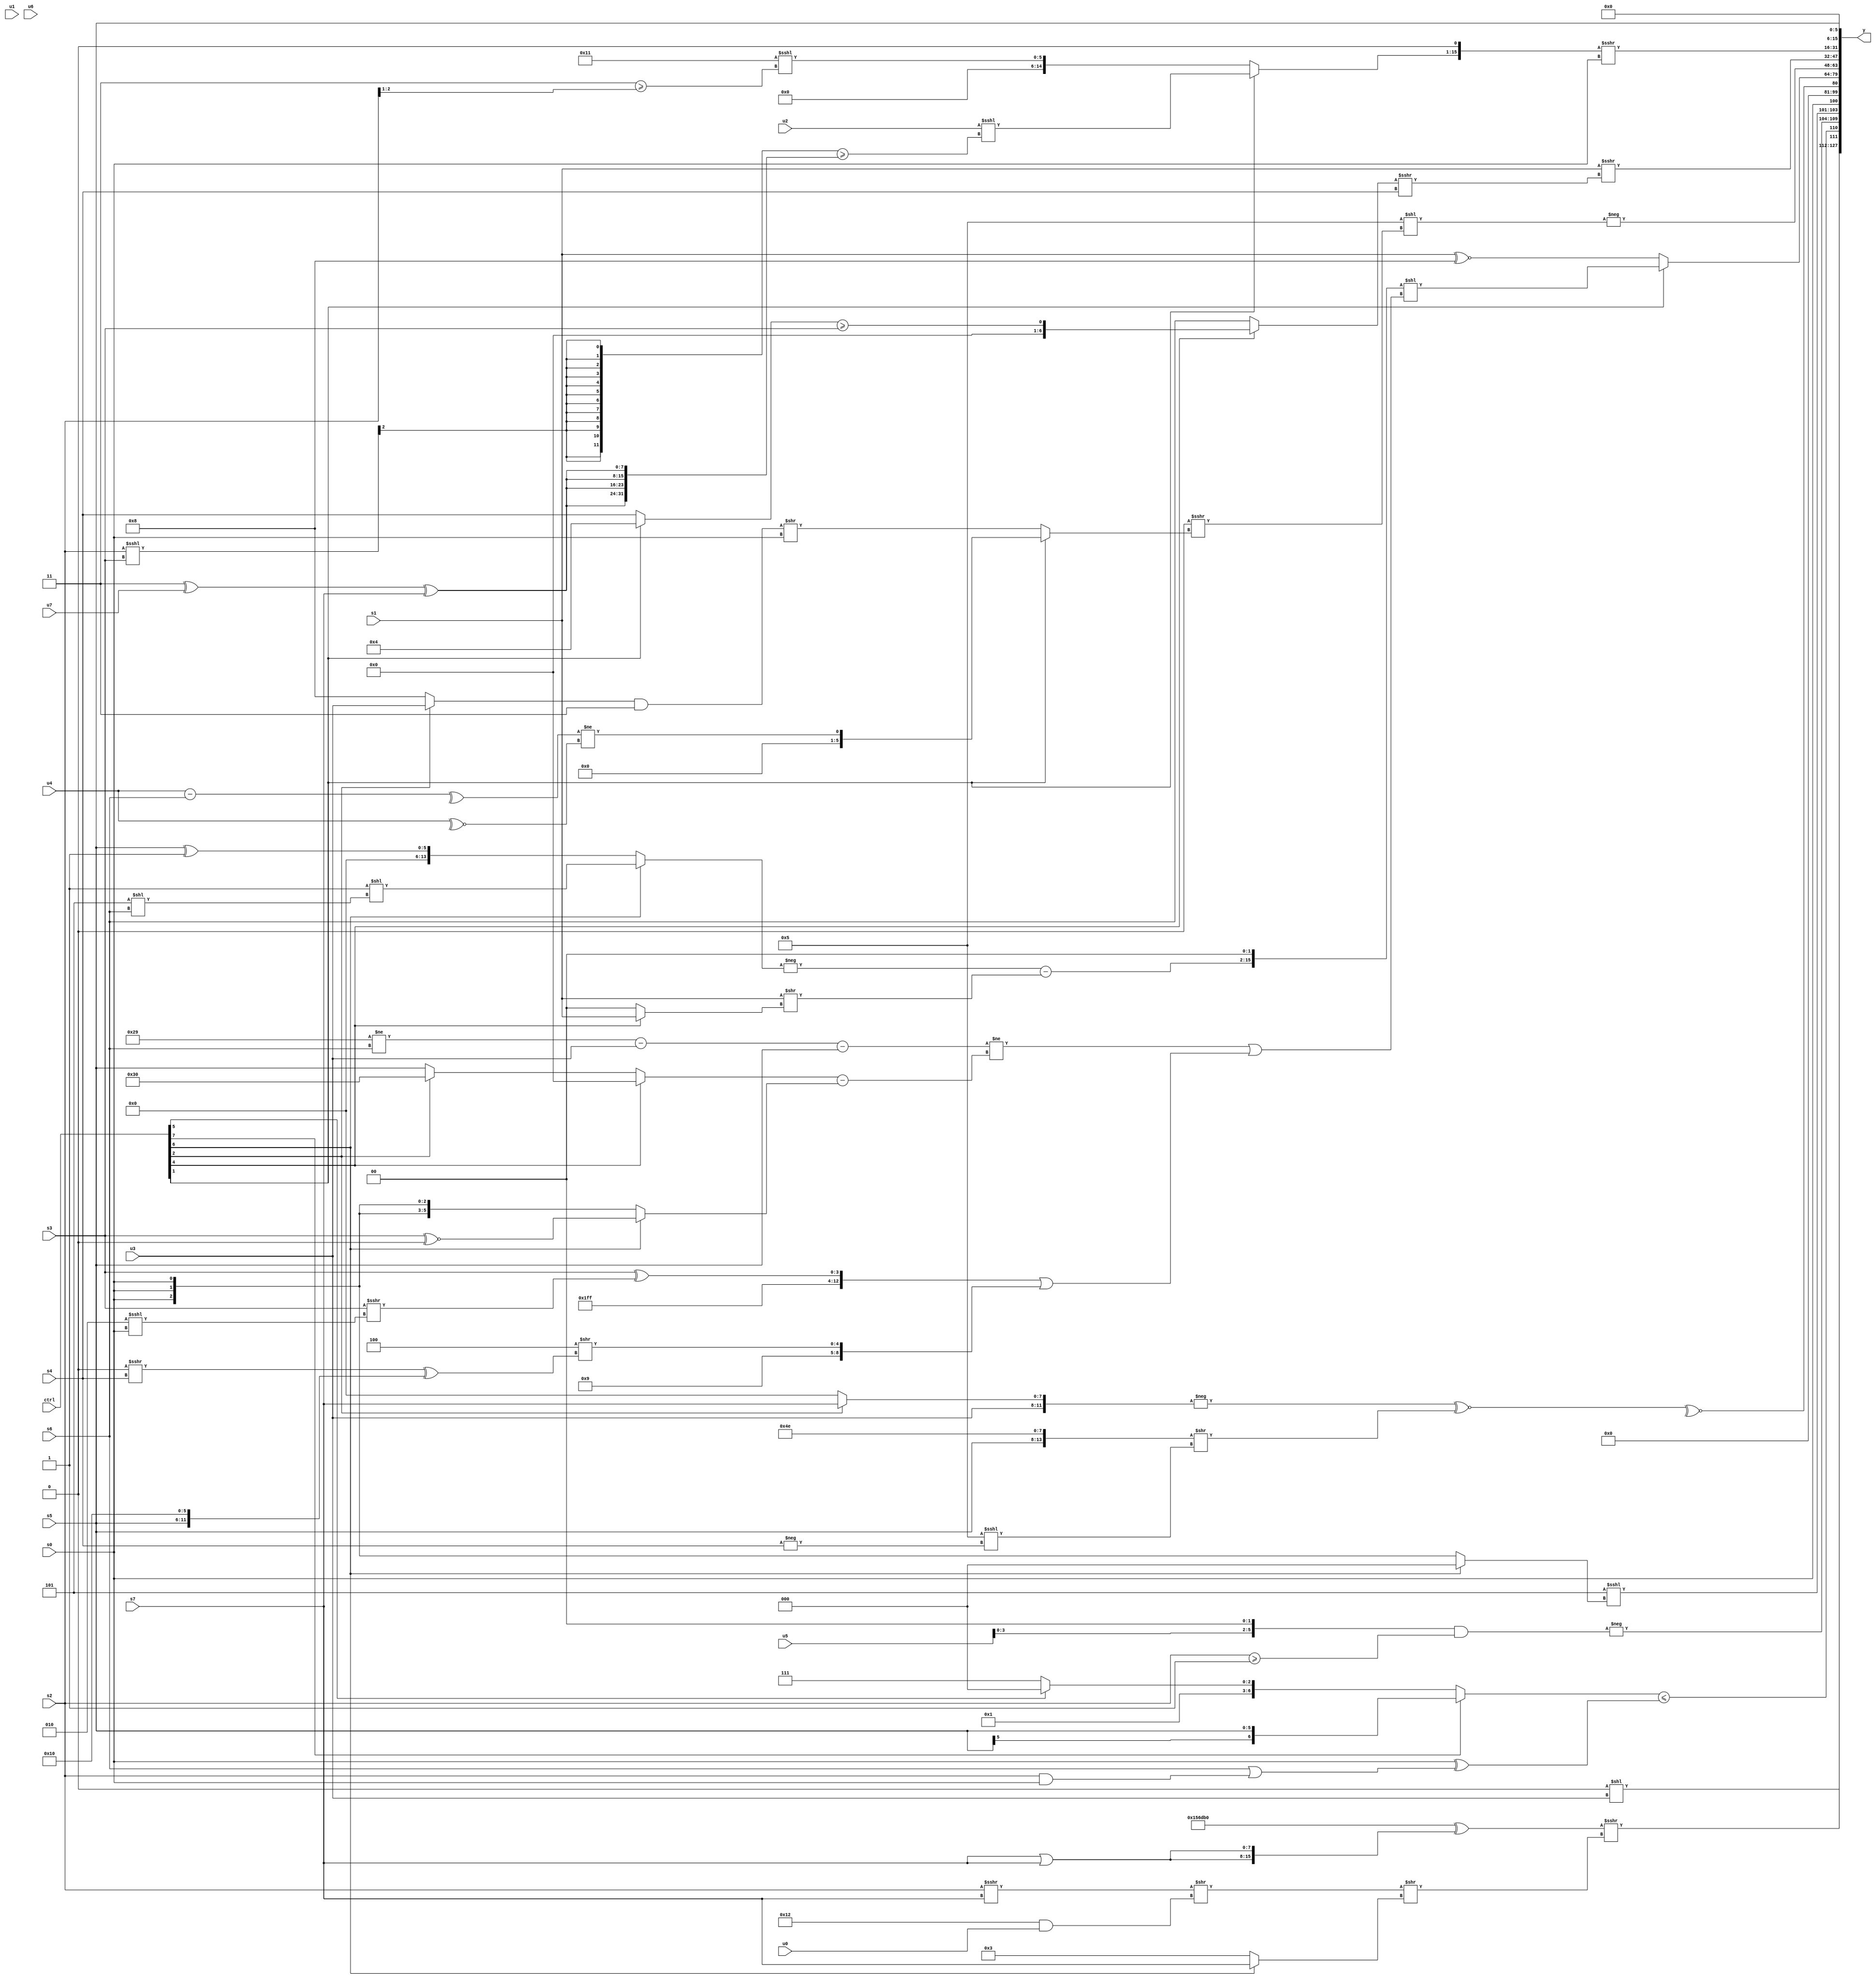
module wideexpr_00803(ctrl, u0, u1, u2, u3, u4, u5, u6, u7, s0, s1, s2, s3, s4, s5, s6, s7, y);
  input [7:0] ctrl;
  input [0:0] u0;
  input [1:0] u1;
  input [2:0] u2;
  input [3:0] u3;
  input [4:0] u4;
  input [5:0] u5;
  input [6:0] u6;
  input [7:0] u7;
  input signed [0:0] s0;
  input signed [1:0] s1;
  input signed [2:0] s2;
  input signed [3:0] s3;
  input signed [4:0] s4;
  input signed [5:0] s5;
  input signed [6:0] s6;
  input signed [7:0] s7;
  output [127:0] y;
  wire [15:0] y0;
  wire [15:0] y1;
  wire [15:0] y2;
  wire [15:0] y3;
  wire [15:0] y4;
  wire [15:0] y5;
  wire [15:0] y6;
  wire [15:0] y7;
  assign y = {y0,y1,y2,y3,y4,y5,y6,y7};
  assign y0 = (1'sb0)<<(u3);
  assign y1 = ({(((ctrl[0]?+((+(u6))-($signed(s2))):(3'sb010)>>>((-(s0))>>>((1'sb1)-(s5)))))^~((ctrl[4]?(($signed(s5))+(s1))+(6'sb001011):((3'sb100)+((ctrl[1]?s2:s6)))>>>((1'sb1)<<($signed(1'sb0))))))<<($signed(s3)),{$unsigned((({$signed(2'sb01),4'sb0101,{4{3'sb011}},4'sb0000})^({2{(s7)|(s7)}}))>>>((((s2)>>>(s7))>>((5'sb10010)&(u0)))>>(+((ctrl[6]?s7:3'b011))))),{((ctrl[7]?s5:(ctrl[5]?$signed(5'sb01000):5'sb01111)))<=(($signed(s0))^((+(s6))|((s2)&(s0)))),-(((u5)<<<(3'sb010))&((s2)>=($signed(1'b1))))},(3'sb101)<<<((ctrl[6]?3'sb000:s0)),s0}})<<(3'b100);
  assign y2 = +(~^((-({$signed(u3),$signed((ctrl[2]?s7:2'sb00))}))^~($signed(($unsigned({s5,4'b0100,1'b1,3'sb110}))>>((+(6'sb000101))<<<(-(s4)))))));
  assign y3 = (ctrl[1]?(((-((ctrl[6]?(+(3'b001))<<((3'sb101)<<(s6)):($signed(s5))^($signed(1'sb1)))))-($signed($signed((s1)>>((ctrl[4]?s1:1'sb0))))))<<(5'b00010))<<(((($signed(((6'sb101001)!=(s6))-(u3)))-(s5))!=(((ctrl[4]?1'sb0:$signed((ctrl[2]?5'sb10000:s5))))-((ctrl[6]?(s3)^~((5'sb11001)<<<(6'sb111101)):s0))))|(({3'sb111,6'sb111111,(s3)^(($signed(s3))>>>((3'sb010)<<<(s0)))})|({4'sb1001,($signed({1'sb1,4'b1100}))>>(((1'sb0)>>>(s4))^({s5,6'b010000}))}))):(s1)^~($signed(5'sb01000)));
  assign y4 = +(-($signed((4'sb0101)<<(({3{{3{!(3'sb111)}}}})>>>((ctrl[1]?(^((u4)-(s6)))!=(~^(u4)):(((ctrl[2]?u3:6'sb001000))&((2'b01)|(5'sb00011)))>>($signed($unsigned(s0)))))))));
  assign y5 = (s1)>>>({((ctrl[4]?((ctrl[1]?4'sb0100:$signed(s4)))>=(s3):s6))>>>(s4)});
  assign y6 = (((ctrl[1]?(+(u2))<<<(({4{((s2)<<<(s3))>>>(3'sb101)}})>=({4{((3'sb011)^(u7))^(s7)}})):$signed((6'sb110001)<<<(($signed(+(3'sb011)))>=(({3{s2}})>>({3{1'b1}}))))))<<<(1'sb1))>>>(^(s0));
  assign y7 = {1{s5}};
endmodule